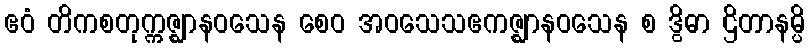
ဧဝံ တိကစတုက္ကဇ္ဈာနဝသေန စေဝ အဝသေသဧကဇ္ဈာနဝသေန စ ဒွိဓာ ဌိတာနမ္ပိ